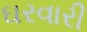
ઘરવારી